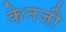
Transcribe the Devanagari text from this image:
केनजी